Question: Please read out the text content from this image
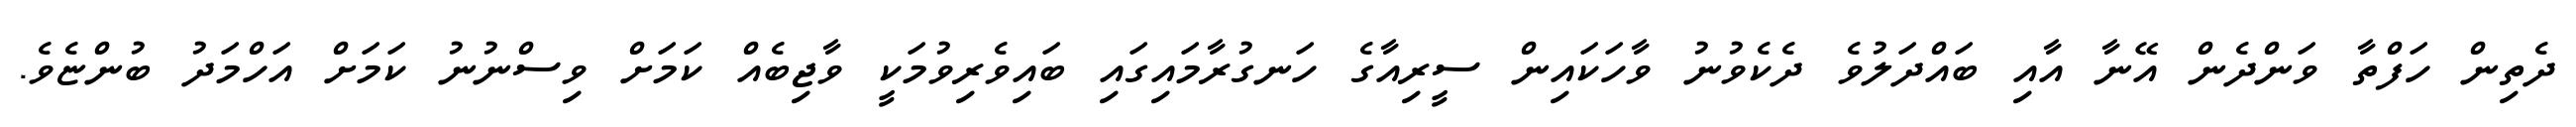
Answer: ދެތިން ހަފްތާ ވަންދެން އޭނާ އާއި ބައްދަލުވެ ދެކެވުނު ވާހަކައިން ސީރިއާގެ ހަނގުރާމައިގައި ބައިވެރިވުމަކީ ވާޖިބެއް ކަމަށް ވިސްނުނު ކަމަށް އަހްމަދު ބުންޏެވެ.